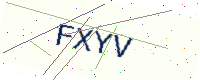
Text: FXYV